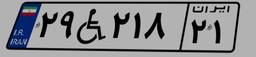
۲۹W۲۱۸۲۱